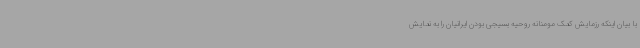
با بیان اینکه رزمایش کمک مومنانه روحیه بسیجی بودن ایرانیان را به نمایش